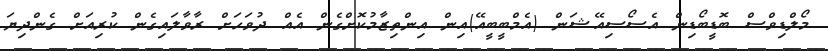
މޯލްޑިވްސް ބޮޑީބޯޑިން އެސޯސިއޭޝަން (އެމްބީބީއޭ)އިން އިންތިޒާމުކޮށްގެން އެއް ދުވަހަށް ރާވާލައިގެން ކުރިއަށް ގެންދިޔަ